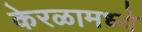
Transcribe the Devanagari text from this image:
केरळामध्ये